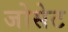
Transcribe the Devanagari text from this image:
जोसेट